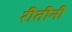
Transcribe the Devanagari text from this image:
रीतीनी